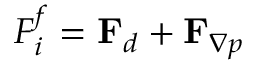
F _ { i } ^ { f } = \mathbf F _ { d } + \mathbf F _ { \nabla p }